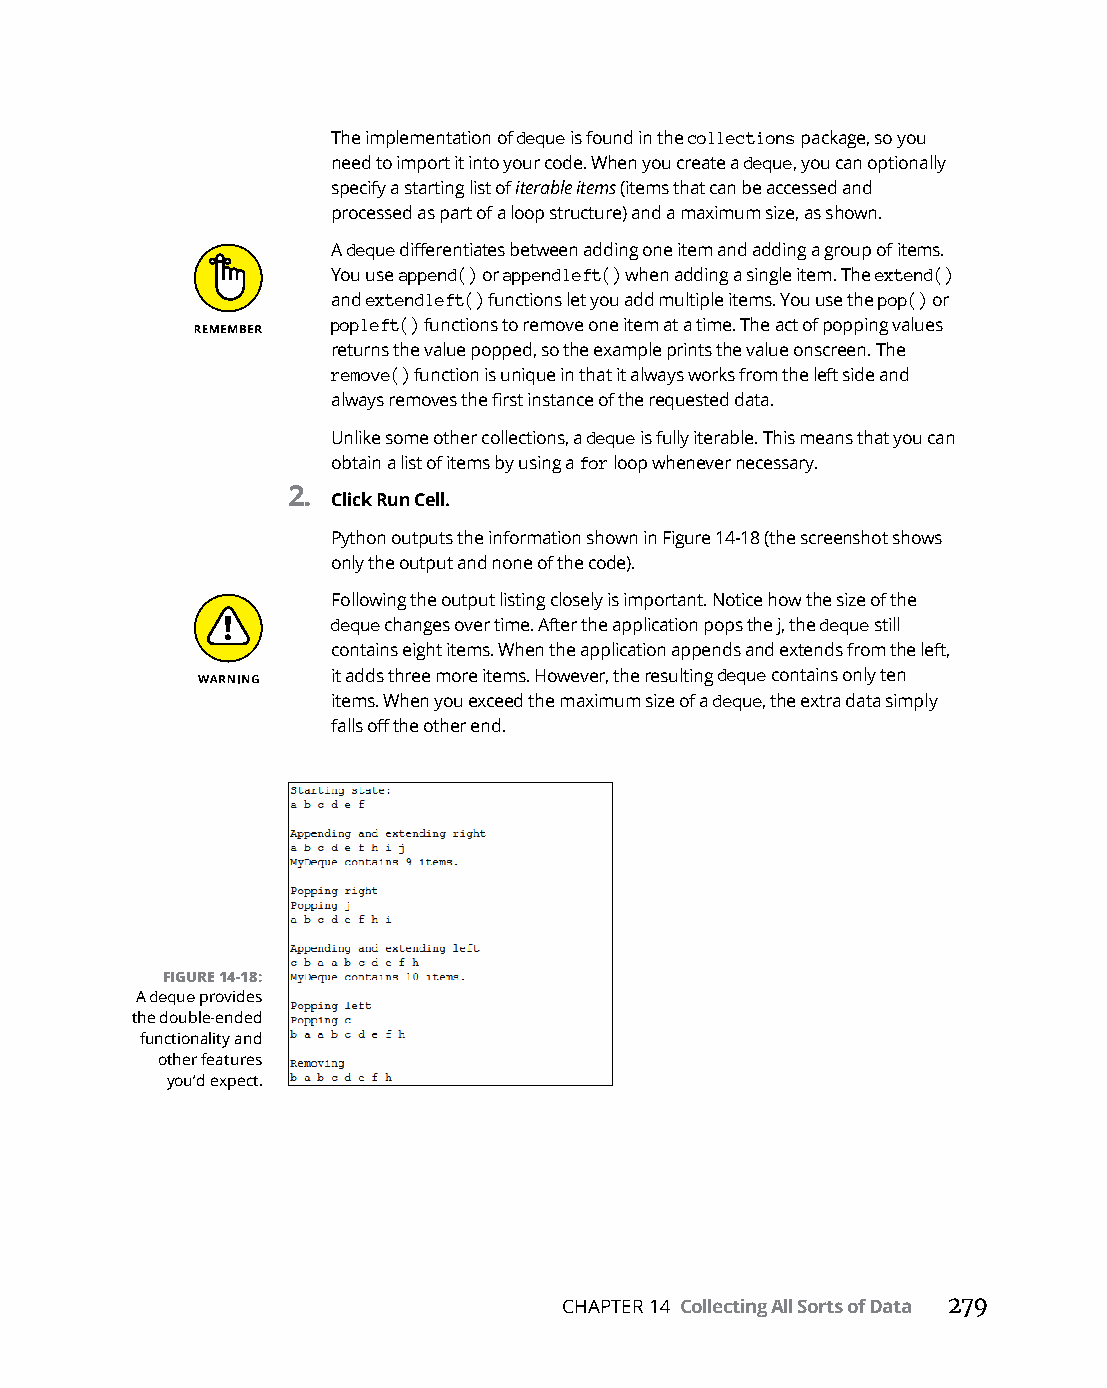
The implementation of deque is found in the collections package, so you
 need to import it into your code. When you create a deque, you can optionally
 specify a starting list of iterable items (items that can be accessed and
 processed as part of a loop structure) and a maximum size, as shown.
 A deque differentiates between adding one item and adding a group of items.
 You use append() or appendleft() when adding a single item. The extend()
 and extendleft() functions let you add multiple items. You use the pop() or
 popleft() functions to remove one item at a time. The act of popping values
 returns the value popped, so the example prints the value onscreen. The
 remove() function is unique in that it always works from the left side and
 always removes the first instance of the requested data.
 Unlike some other collections, a deque is fully iterable. This means that you can
 obtain a list of items by using a for loop whenever necessary.
 2.
 Click Run Cell.
 Python outputs the information shown in Figure 14-18 (the screenshot shows
 only the output and none of the code).
 Following the output listing closely is important. Notice how the size of the
 deque changes over time. After the application pops the j, the deque still
 contains eight items. When the application appends and extends from the left,
 it adds three more items. However, the resulting deque contains only ten
 items. When you exceed the maximum size of a deque, the extra data simply
 falls off the other end.
 FIGURE 14-18:
 A deque provides
 the double-ended
 functionality and
 other features
 you’d expect.
 CHAPTER 14 Collecting All Sorts of Data 279